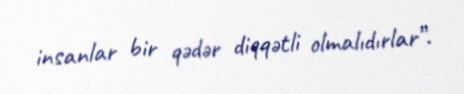
insanlar bir qədər diqqətli olmalıdırlar”.